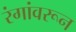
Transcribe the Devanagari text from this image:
रंगांवरून